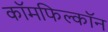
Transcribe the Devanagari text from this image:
कॉमफिल्कॉन